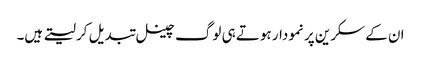
ان کے سکرین پر نمودار ہوتے ہی لوگ چینل تبدیل کر لیتے ہیں۔